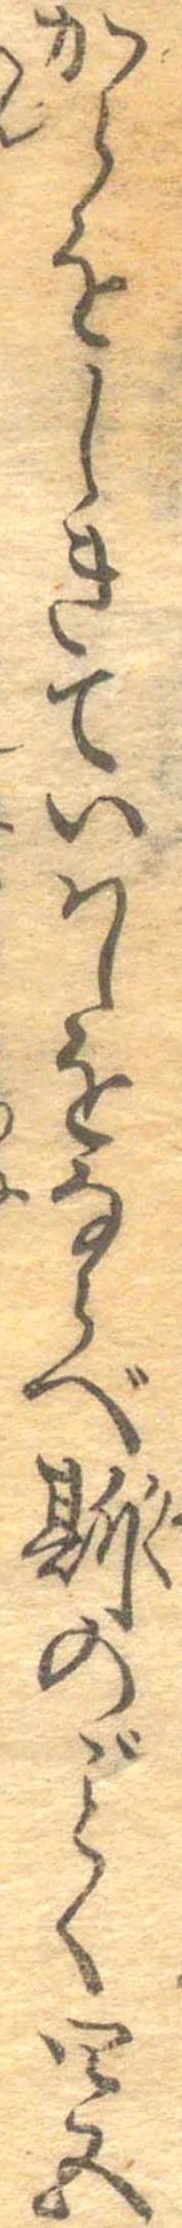
からをしきていはしをならべ斯のごとく四五